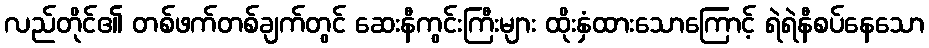
လည်တိုင်၏ တစ်ဖက်တစ်ချက်တွင် ဆေးနီကွင်းကြီးများ ထိုးနှံထားသောကြောင့် ရဲရဲနီစပ်နေသော